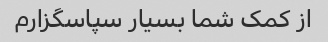
از کمک شما بسیار سپاسگزارم